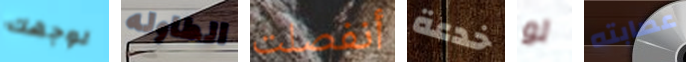
لوجهك الطاوله أنفصلت خدعة لو عصابته